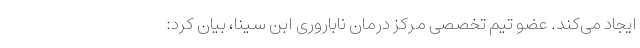
ایجاد می‌کند. عضو تیم تخصصی مرکز درمان ناباروری ابن سینا، بیان کرد: